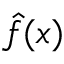
\hat { f } ( x )